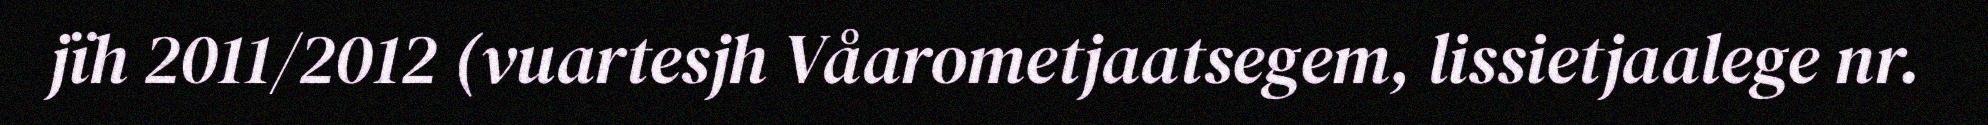
jïh 2011/2012 (vuartesjh Våarometjaatsegem, lissietjaalege nr.